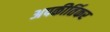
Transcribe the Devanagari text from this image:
अपकीर्तिकर